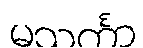
မသင်္ကာ